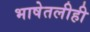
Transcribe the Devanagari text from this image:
भाषेतलीही